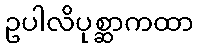
ဥပါလိပုစ္ဆာကထာ